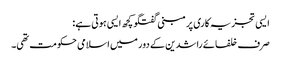
ایسی تجزیہ کاری پر مبنی گفتگو کچھ ایسی ہوتی ہے:
صرف خلفائے راشدین کے دور میں اسلامی حکومت تھی۔